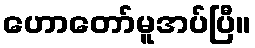
ဟောတော်မူအပ်ပြီ။